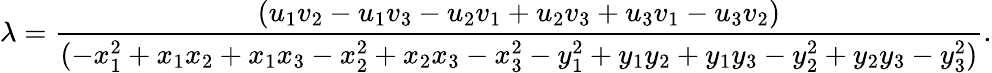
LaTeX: \lambda=\frac{(u_{1}v_{2}-u_{1}v_{3}-u_{2}v_{1}+u_{2}v_{3}+u_{3}v_{1}-u_{3}v_{2})}{(-x_{1}^{2}+x_{1}x_{2}+x_{1}x_{3}-x_{2}^{2}+x_{2}x_{3}-x_{3}^{2}-y_{1}^{2}+y_{1}y_{2}+y_{1}y_{3}-y_{2}^{2}+y_{2}y_{3}-y_{3}^{2})}.